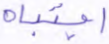
اجتباه